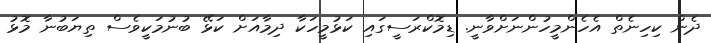
ދެން ކިހިނެތް އެހެންމީހުންނަށްވާނީ. ޑިމޮކްރަސީގައި ކަޅުމީހަކާ ދިމާއަށް ކަޅޭ ބުނުމަކީވެސް ތިޔަބުނާ މޮޅު